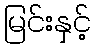
မြင်းနှင့်